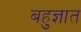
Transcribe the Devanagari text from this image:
बहुज्ञात